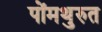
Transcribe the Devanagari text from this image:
पोंमथुरुत